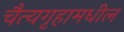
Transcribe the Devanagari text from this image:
चैत्यगृहामधील